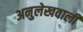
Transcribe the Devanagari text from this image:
अनुलेखवाली